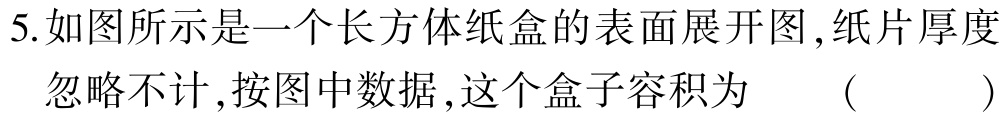
5.如图所示是一个长方体纸盒的表面展开图,纸片厚度

忽略不计,按图中数据,这个盒子容积为 （ ）